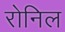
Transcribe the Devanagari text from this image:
रोनिल